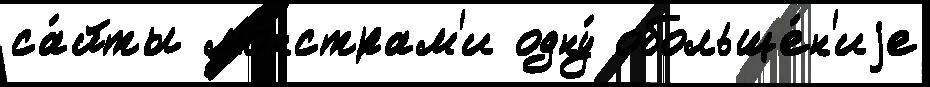
са́йты мо́нстрам'и одну́ обольще́н'иjе